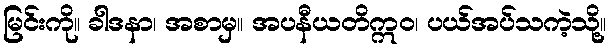
မြင်းကို။ ခါဒနာ၊ အစာမှ။ အပနီယတိဣဝ၊ ပယ်အပ်သကဲ့သို့။